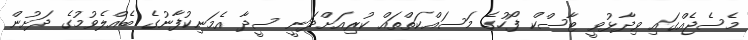
މެސެޖެއްގައި ވިދާޅުވީ ޓާސްކް ފޯހުގެ މަސައްކަތްތައް ކުރިއަށްދަނީ ސީދާ އެމަނިކުފާނުގެ ބެއްލެވުމުގެ ދަށުން